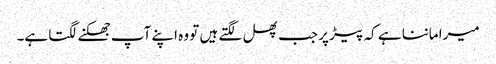
میرا ماننا ہے کہ پیڑ پر جب پھل لگتے ہیں تو وہ اپنے آپ جھکنے لگتا ہے۔